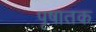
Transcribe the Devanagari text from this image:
पृषातक